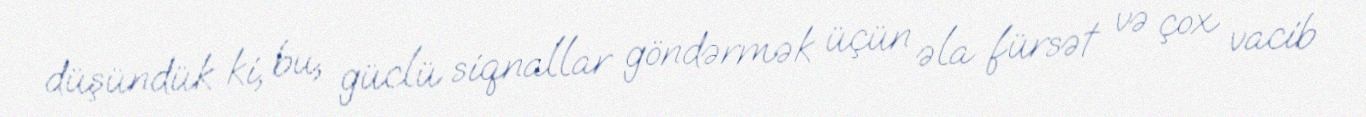
düşündük ki, bu, güclü siqnallar göndərmək üçün əla fürsət və çox vacib